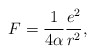
\begin{align*} F=\frac{1}{4\alpha}\frac{e^{2}}{r^{2}},\end{align*}